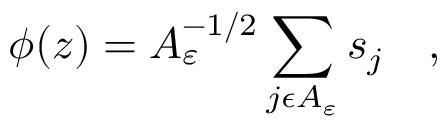
\phi ( z ) = A _ { \varepsilon } ^ { - 1 / 2 } \sum _ { j \epsilon A _ { \varepsilon } } s _ { j } \quad ,